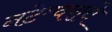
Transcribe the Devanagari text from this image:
नटेश्र्वराचे